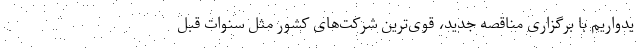
یدواریم با برگزاری مناقصه جدید، قوی‌ترین شرکت‌های کشور مثل سنوات قبل